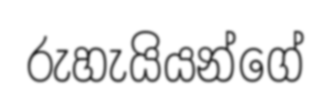
රුහැයියන්ගේ